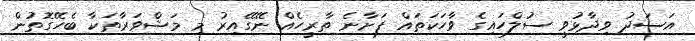
އަސަދު ވިދާޅުވީ ސުލްހައިގެ ވާހަކަތައް ފަށާނެ ތާރީހެއް ނޭގޭއިރު މި މަޝްވަރާތަކާ ބެހޭގޮތުން